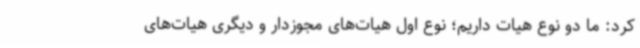
کرد: ما دو نوع هیات داریم؛ نوع اول هیات‌های مجوزدار و دیگری هیات‌های